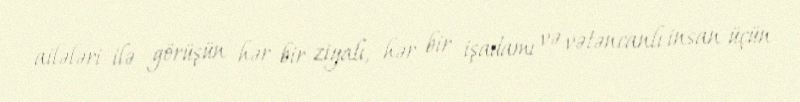
ailələri ilə görüşün hər bir ziyalı, hər bir işadamı və vətəncanlı insan üçün